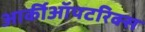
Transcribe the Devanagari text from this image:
आर्कीऑपटरिक्स